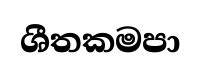
ශීතකමපා